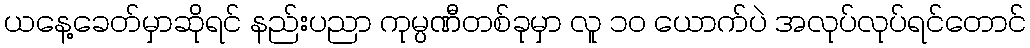
ယနေ့ခေတ်မှာဆိုရင် နည်းပညာ ကုမ္ပဏီတစ်ခုမှာ လူ ၁၀ ယောက်ပဲ အလုပ်လုပ်ရင်တောင်